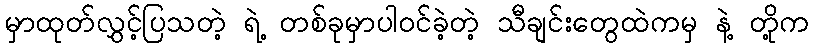
မှာထုတ်လွှင့်ပြသတဲ့ ရဲ့ တစ်ခုမှာပါဝင်ခဲ့တဲ့ သီချင်းတွေထဲကမှ နဲ့ တို့က